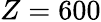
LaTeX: Z=600